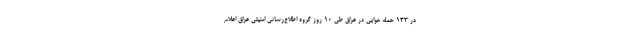
در ۱۳۳ حمله هوایی در عراق طی ۱۰ روز گروه اطلاع‌رسانی امنیتی عراق اعلام